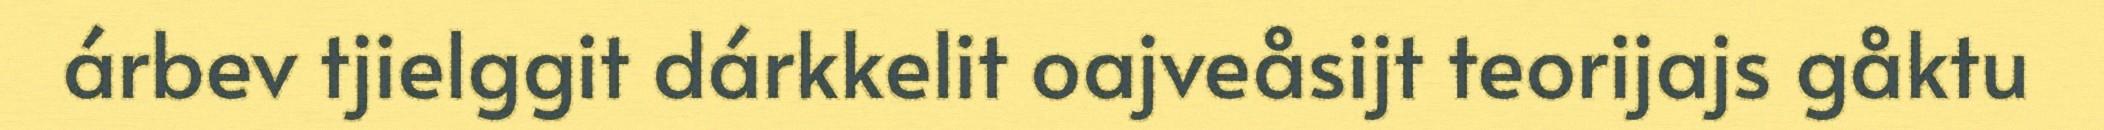
árbev tjielggit dárkkelit oajveåsijt teorijajs gåktu